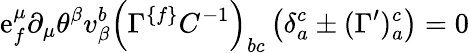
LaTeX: \mathrm{e}_{{f}}^{\mu}\partial_{\mu}\theta^{\beta}v_{\beta}^{{b}}\left(\Gamma^{\{ {f\} }}C^{-{1}}\right)_{{bc}}\left(\delta_{{a}}^{{c}}\pm(\Gamma^{\prime})_{{a}}^{{c}}\right)=0